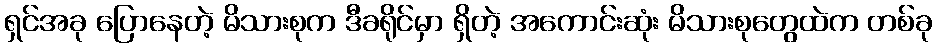
ရှင်အခု ပြောနေတဲ့ မိသားစုက ဒီခရိုင်မှာ ရှိတဲ့ အကောင်းဆုံး မိသားစုတွေထဲက တစ်ခု